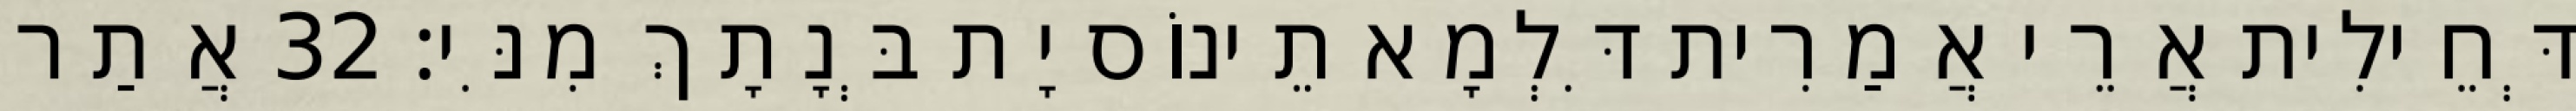
דְּחֵילִית אֲרֵי אֲמַרִית דִּלְמָא תֵינוֹס יָת בְּנָתָךְ מִנִּי׃ 32 אֲתַר